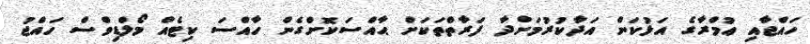
ހައްޖާއި ޢުމްރާގެ އަޅުކަން އަދާކުރުމަށްދާ ފަރާތްތަކަށް ޙާއްސަކޮށްގެން ހާއްސަ ކިޓެއް މޯލްޑިވްސް ހައްޖު